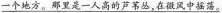
\underline{一个地方。那里是一人高的芦苇丛，在微风中摇荡。}